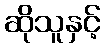
ဆိုသူနှင့်